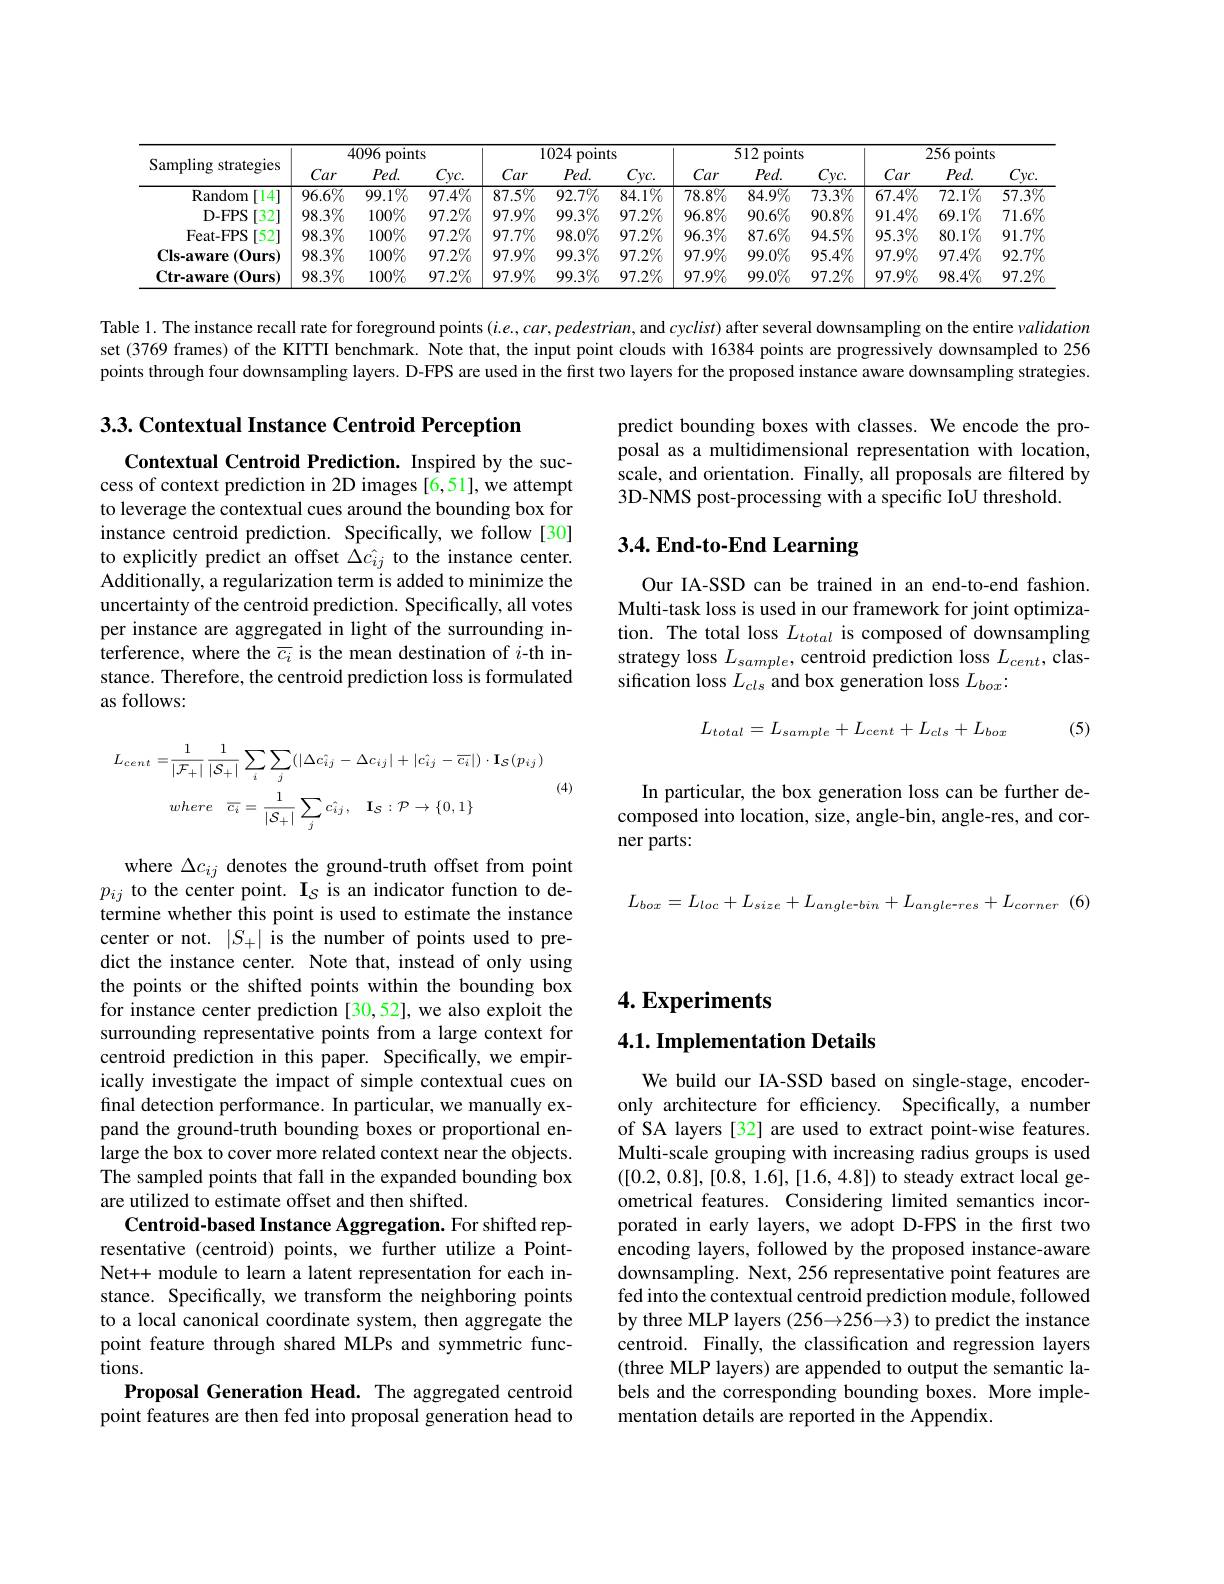
<table>
	<tbody>
		<tr>
			<th rowspan="2">Sampling strategies</th>
			<th colspan="3">4096 points</th>
			<th colspan="3">1024 $\mathbf{{F}}_{\mathrm{points}}$</th>
			<th colspan="3">512 2points</th>
			<th colspan="3">256 points</th>
		</tr>
		<tr>
			<th>Car</th>
			<th>$Ped.$</th>
			<th>$Cyc.$</th>
			<th>Car</th>
			<th>$Ped.$</th>
			<th>$Cyc.$</th>
			<th>Car</th>
			<th>$Ped.$</th>
			<th>$Cyc.$</th>
			<th>Car</th>
			<th>$Ped.$</th>
			<th>$Cyc.$</th>
		</tr>
		<tr>
			<td>Random 1[14]</td>
			<td>$\overline{96.6\%}$</td>
			<td>$\overline{99.1\%}$</td>
			<td>$\overline{97.4\%}$</td>
			<td>$\overline{87.5\%}$</td>
			<td>$\overline{92.7\%}$</td>
			<td>$\overline{84.1\%}$</td>
			<td>$\overline{78.8\%}$</td>
			<td>$\overline{84.9\%}$</td>
			<td>$\overline{73.3\%}$</td>
			<td>$\overline{67.4\%}$</td>
			<td>$\overline{72.1\%}$</td>
			<td>$57.3\%$</td>
		</tr>
		<tr>
			<td>D- FPS [32]</td>
			<td>$98.3\%$</td>
			<td>$100\%$</td>
			<td>$97.2\%$</td>
			<td>$97.9\%$</td>
			<td>$99.3\%$</td>
			<td>$97.2\%$</td>
			<td>$96.8\%$</td>
			<td>$90.6\%$</td>
			<td>$90.8\%$</td>
			<td>$91.4\%$</td>
			<td>$69.1\%$</td>
			<td>$71.6\%$</td>
		</tr>
		<tr>
			<td>Feat-FPS ;[52]</td>
			<td>$98.3\%$</td>
			<td>$100\%$</td>
			<td>$97.2\%$</td>
			<td>$97.7\%$</td>
			<td>$98.0\%$</td>
			<td>$97.2\%$</td>
			<td>$96.3\%$</td>
			<td>$87.6\%$</td>
			<td>$94.5\%$</td>
			<td>$95.3\%$</td>
			<td>$80.1\%$</td>
			<td>$91.7\%$</td>
		</tr>
		<tr>
			<td>$\mathbf{Cls-aware}$ (0urs)</td>
			<td>$98.3\%$</td>
			<td>$100\%$</td>
			<td>$97.2\%$</td>
			<td>$97.9\%$</td>
			<td>$99.3\%$</td>
			<td>$97.2\%$</td>
			<td>$97.9\%$</td>
			<td>$99.0\%$</td>
			<td>$95.4\%$</td>
			<td>$97.9\%$</td>
			<td>$97.4\%$</td>
			<td>$92.7\%$</td>
		</tr>
		<tr>
			<td>$\mathbf{Ctr-aware}$ (0urs</td>
			<td>$98.3\%$</td>
			<td>$100\%$</td>
			<td>$97.2\%$</td>
			<td>$97.9\%$</td>
			<td>$99.3\%$</td>
			<td>$97.2\%$</td>
			<td>$97.9\%$</td>
			<td>$99.0\%$</td>
			<td>$97.2\%$</td>
			<td>$97.9\%$</td>
			<td>$98.4\%$</td>
			<td>$97.2\%$</td>
		</tr>
	</tbody>
</table>

Table 1. The instance recall rate for foreground points $( i. e. , car, pedestrian$, and cy$clist)$ after several downsampling on the entire validation set (3769 frames) of the KITTI benchmark. Note that, the input point clouds with 16384 points are progressively downsampled to 256 points through four downsampling layers. D-FPS are used in the first two layers for the proposed instance aware downsampling strategies.

3.3. Contextual Instance Centroid Perception

predict bounding boxes with classes. We encode the proposal as a multidimensional representation with location, scale, and orientation. Finally, all proposals are filtered by 3D-NMS post-processing with a specific IoU threshold.

# 3.4. End-to-End Learning

Contextual Centroid Prediction. Inspired by the success of context prediction in 2D images [6,51],we attempt to leverage the contextual cues around the bounding box for instance centroid prediction. Specifically, we follow [30] to explicitly predict an offset $\Delta\hat{c_{ij}}$ to the instance center. Additionally, a regularization term is added to minimize the uncertainty of the centroid prediction. Specifically, all votes per instance are aggregated in light of the surrounding interference, where the $\overline{c}_i$ is the mean destination of $i$-th instance. Therefore, the centroid prediction loss is formulated as follows:

Our IA-SSD can be trained in an end-to-end fashion. Multi-task loss is used in our framework for joint optimization. The total loss $L_{total}$ is composed of downsampling strategy loss $L_{sample}$, centroid prediction loss $L_cent$, classification loss $L_cls$ and box generation loss $L_box:$
$$L_{total}=L_{sample}+L_{cent}+L_{cls}+L_{box}$$
(5)
$$\begin{aligned}L_{cent}=&\frac{1}{|\mathcal{F}_{+}|}\frac{1}{|\mathcal{S}_{+}|}\sum_{i}\sum_{j}(|\Delta c_{ij}-\Delta c_{ij}|+|c_{ij}-\overline{c_{i}}|)\cdot\mathbf{I}_{\mathcal{S}}(p_{ij})\\&where\quad\overline{c_{i}}=\frac{1}{|\mathcal{S}_{+}|}\sum_{j}\hat{c_{ij}},\quad\mathbf{I}_{\mathcal{S}}:\mathcal{P}\to\{0,1\}\end{aligned}$$
(4)

In particular, the box generation loss can be further decomposed into location, size, angle-bin, angle-res, and corner parts:
$$L_{box}=L_{loc}+L_{size}+L_{angle-bin}+L_{angle-res}+L_{corner}\:(6$$
$4. \textbf{Experiments}$

## 4.1. Implementation Details

where $\Delta c_{ij}$ denotes the ground-truth offset from point $p_{ij}$ to the center point. $\mathbf{I}_S$ is an indicator function to determine whether this point is used to estimate the instance center or not. $|S_+|$ is the number of points used to predict the instance center. Note that, instead of only using the points or the shifted points within the bounding box for instance center prediction [30,52], we also exploit the surrounding representative points from a large context for centroid prediction in this paper. Specifically, we empirically investigate the impact of simple contextual cues on final detection performance. In particular, we manually expand the ground-truth bounding boxes or proportional enlarge the box to cover more related context near the objects. The sampled points that fall in the expanded bounding box are utilized to estimate offset and then shifted.
Centroid-based Instance Aggregation. For shifted representative (centroid) points, we further utilize a PointNet++ module to learn a latent representation for each instance. Specifically, we transform the neighboring points to a local canonical coordinate system, then aggregate the point feature through shared MLPs and symmetric functions.
Proposal Generation Head. The aggregated centroid point features are then fed into proposal generation head to

We build our IA-SSD based on single-stage, encoder-
only architecture for efficiency. Specifically
number
of SA layers [32] are used to extract point-wise features. Multi-scale grouping with increasing radius groups is used ([0.2,0.8],[0.8,1.6],[1.6,4.8]) to steady extract local geometrical features. Considering limited semantics incorporated in early layers, we adopt D-FPS in the first two encoding layers, followed by the proposed instance-aware downsampling. Next, 256 representative point features are fed into the contextual centroid prediction module, followed by three MLP layers (256→256→3) to predict the instance centroid. Finally, the classification and regression layers (three MLP layers) are appended to output the semantic labels and the corresponding bounding boxes. More implementation details are reported in the Appendix.